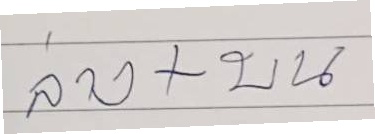
ล่าง+บน